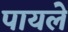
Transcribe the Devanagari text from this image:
पायले